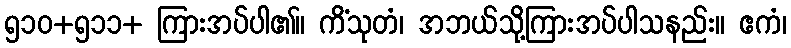
၅၁၀+၅၁၁+ ကြားအပ်ပါ၏။ ကိံသုတံ၊ အဘယ်သို့ကြားအပ်ပါသနည်း။ ဧကံ၊